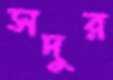
সদুর